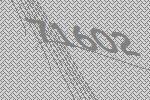
71602